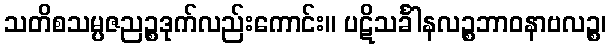
သတိစသမ္ပဇညဉ္စဒုက်လည်းကောင်း။ ပဋိသင်္ခါနလဉ္စဘာဝနာဗလဉ္စ၊